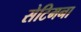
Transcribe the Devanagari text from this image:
सेटिमना